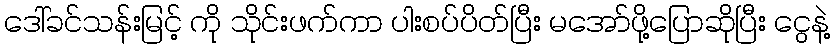
ဒေါ်ခင်သန်းမြင့် ကို သိုင်းဖက်ကာ ပါးစပ်ပိတ်ပြီး မအော်ဖို့ပြောဆိုပြီး ငွေနဲ့